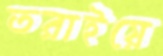
তরাইয়ে